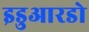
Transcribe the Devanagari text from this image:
इडुआरडो